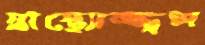
স্বাস্থ্যোজ্জ্বল